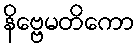
နိဗ္ဗေမတိကော